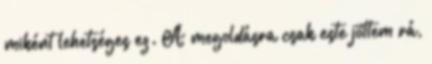
miként lehetséges ez. A megoldásra csak este jöttem rá,